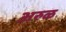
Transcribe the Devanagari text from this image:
अरुळ